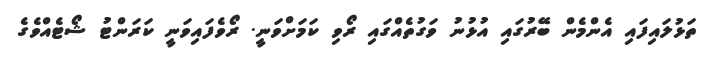
ތަޅުލައިފައި އެންމެން ބޭރުގައި އުޅުނު ވަގުތެއްގައި ރޯވި ކަމަށްވަނީ. ރޯވެފައިވަނީ ކަރަންޓު ޝޯޓެއްވެގެ